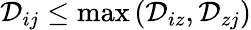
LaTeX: \mathcal{D}_{ij}\leq\operatorname*{max}\left(\mathcal{D}_{iz},\mathcal{D}_{zj}\right)